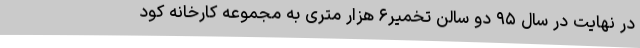
در نهایت در سال ۹۵ دو سالن تخمیر۶ هزار متری به مجموعه کارخانه کود